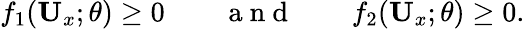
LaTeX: f_{1}(\textbf{U}_{x};\theta)\ge 0\qquad\mathrm{~a~n~d~}\qquad f_{2}(\textbf{U}_{x};\theta)\ge 0.